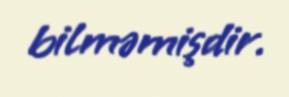
bilməmişdir.